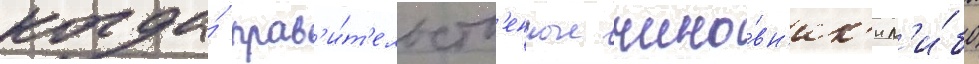
когда́ прав'и́т'ельств'енные чино́вн'ик'и л'и́бо